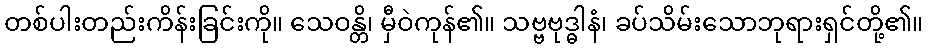
တစ်ပါးတည်းကိန်းခြင်းကို။ သေဝန္တိ၊ မှီဝဲကုန်၏။ သဗ္ဗဗုဒ္ဓါနံ၊ ခပ်သိမ်းသောဘုရားရှင်တို့၏။